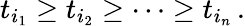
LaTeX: t_{i_{1}}\geq t_{i_{2}}\geq\dots\geq t_{i_{n}}\, .